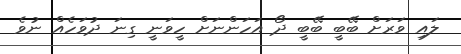
ލައި ވަރަށް ބޭބީ ބޭބީ ދޯ އަހަންނަށް ހީވަނީ ގިނަ ދުވަހެއް ނުވެ